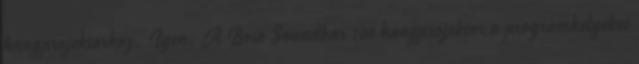
hangprojektorhoz. Igen. A Bose Soundbar 700 hangprojektor a programhelyeket